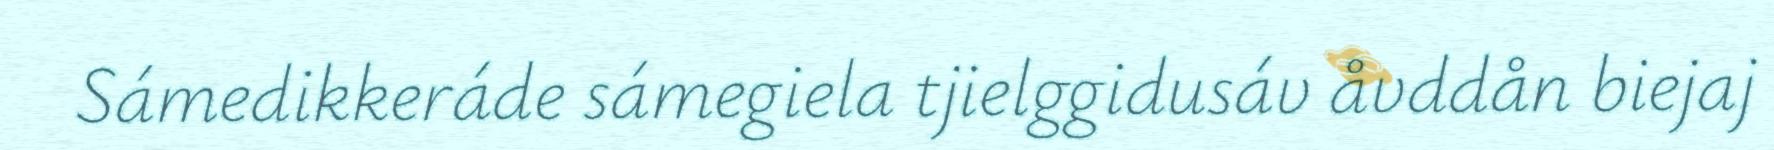
Sámedikkeráde sámegiela tjielggidusáv åvddån biejaj